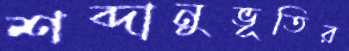
শব্দানুভূতির